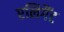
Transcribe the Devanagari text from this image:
एलिगैंट